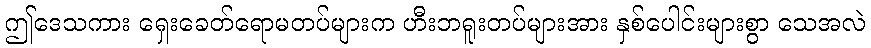
ဤဒေသကား ရှေးခေတ်ရောမတပ်များက ဟီးဘရူးတပ်များအား နှစ်ပေါင်းများစွာ သေအလဲ